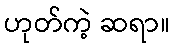
ဟုတ်ကဲ့ ဆရာ။